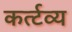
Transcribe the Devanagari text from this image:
कर्त्टव्य